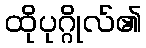
ထိုပုဂ္ဂိုလ်၏